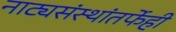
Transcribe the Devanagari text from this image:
नाट्यसंस्थांतर्फेही